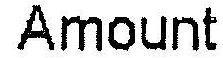
AMOUNT